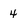
Character: 4